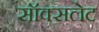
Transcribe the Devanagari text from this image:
सॉक्सलेट